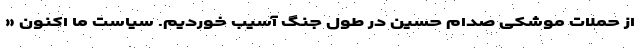
از حملات موشکی صدام حسین در طول جنگ آسیب خوردیم. سیاست ما اکنون «